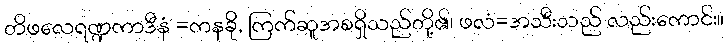
တိဖလေရဏ္ဍကာဒီနံ =ကနခို, ကြက်ဆူအစရှိသည်တို့၏၊ ဖလံ=အသီးသည် လည်းကောင်း။